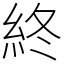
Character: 終